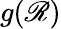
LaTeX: g(\mathscr{R})